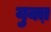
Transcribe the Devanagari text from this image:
युक्त़